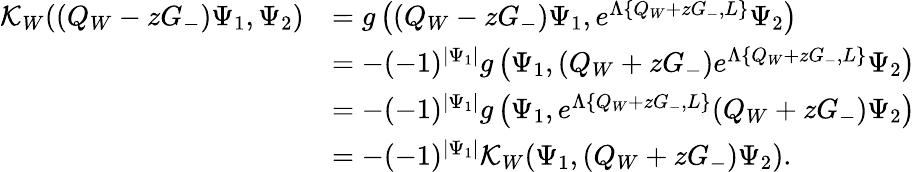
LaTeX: \begin{array}{rl}{\mathcal{K}_{W}((Q_{W}-zG_{-})\Psi_{1},\Psi_{2})}&{=g\left((Q_{W}-zG_{-})\Psi_{1},e^{\Lambda\{ Q_{W}+zG_{-},L\} }\Psi_{2}\right)}\\ &{=-(-1)^{|\Psi_{1}|}g\left(\Psi_{1},(Q_{W}+zG_{-})e^{\Lambda\{ Q_{W}+zG_{-},L\} }\Psi_{2}\right)}\\ &{=-(-1)^{|\Psi_{1}|}g\left(\Psi_{1},e^{\Lambda\{ Q_{W}+zG_{-},L\} }(Q_{W}+zG_{-})\Psi_{2}\right)}\\ &{=-(-1)^{|\Psi_{1}|}\mathcal{K}_{W}(\Psi_{1},(Q_{W}+zG_{-})\Psi_{2}).}\end{array}